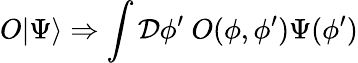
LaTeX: O|\Psi\rangle\Rightarrow\int\mathcal{D}\phi^{\prime}~O(\phi,\phi^{\prime})\Psi(\phi^{\prime})